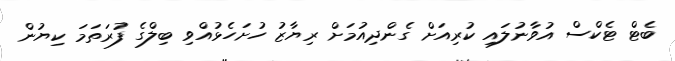
ބެޓް ޓެކްސް އުވާނުލައި ކުރިއަށް ގެންދިއުމަށް ރިޔާޒު ހުށަހެޅުއްވި ބިލްގެ ފުރަތަމަ ކިޔުން